Indian journal of veterinary science and animal husbandry - Volume 5,
Year: 1935
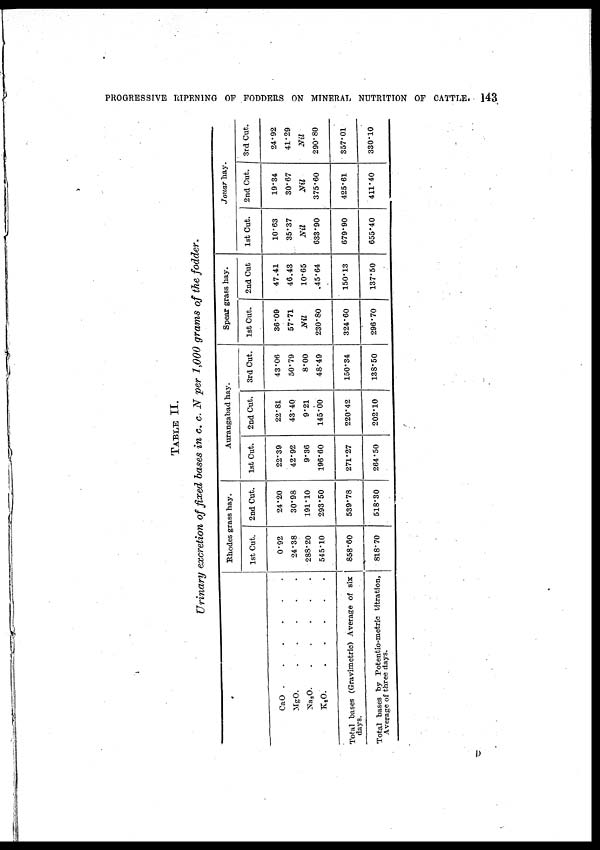
PROGRESSIVE RIPENING OF FODDERS ON MINERAL NUTRITION OF CATTLE.
143
TABLE II.
Urinary excretion of fixed bases in c. c. N per 1,000 grams of the fodder.
CaO
.
.
.
.
.
.
MgO.
.
.
.
.
.
.
Na 2 O.
.
.
.
.
.
.
K 2 O.
.
.
.
.
.
.
Total bases (Gravimetric) Average of six
days.
Total bases by Potentio-metric titration,
Average of three days.
Rhodes grass hay.
1st Cut.
0.92
24.38
288.20
545.10
858.60
818.70
2nd Cut.
24.20
30.98
191.10
293.50
539.78
518.30
Aurangabad hay.
1st Cut.
22.39
42.92
9.36
196.60
271.27
264.50
2nd Cut.
22.81
43.40
9.21
145.00
220.42
202.10
3rd Cut.
43.06
50.79
8.00
48.49
150.34
138.50
Spear grass hay.
1st Cut.
36.09
57.71
Nil
230.80
324.60
296.70
2nd Cut.
47.41
46.43
10.65
45.64
150.13
137.50
Jouar hay.
1st Cut.
10.63
35.37
Nil
633.90
679.90
655.40
2nd Cut.
19.34
30.67
Nil
375.60
425.61
411.40
3rd Cut.
24.92
41.29
Nil
290.80
357.01
330.10